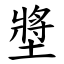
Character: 墏